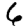
Digit: 6